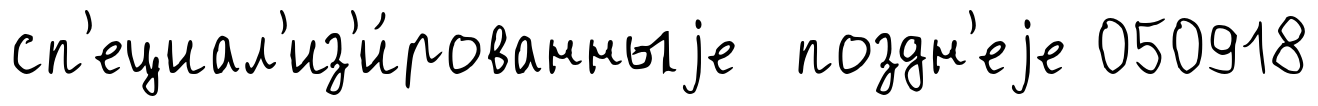
сп'ециал'из'и́рованныjе поздн'еjе 050918